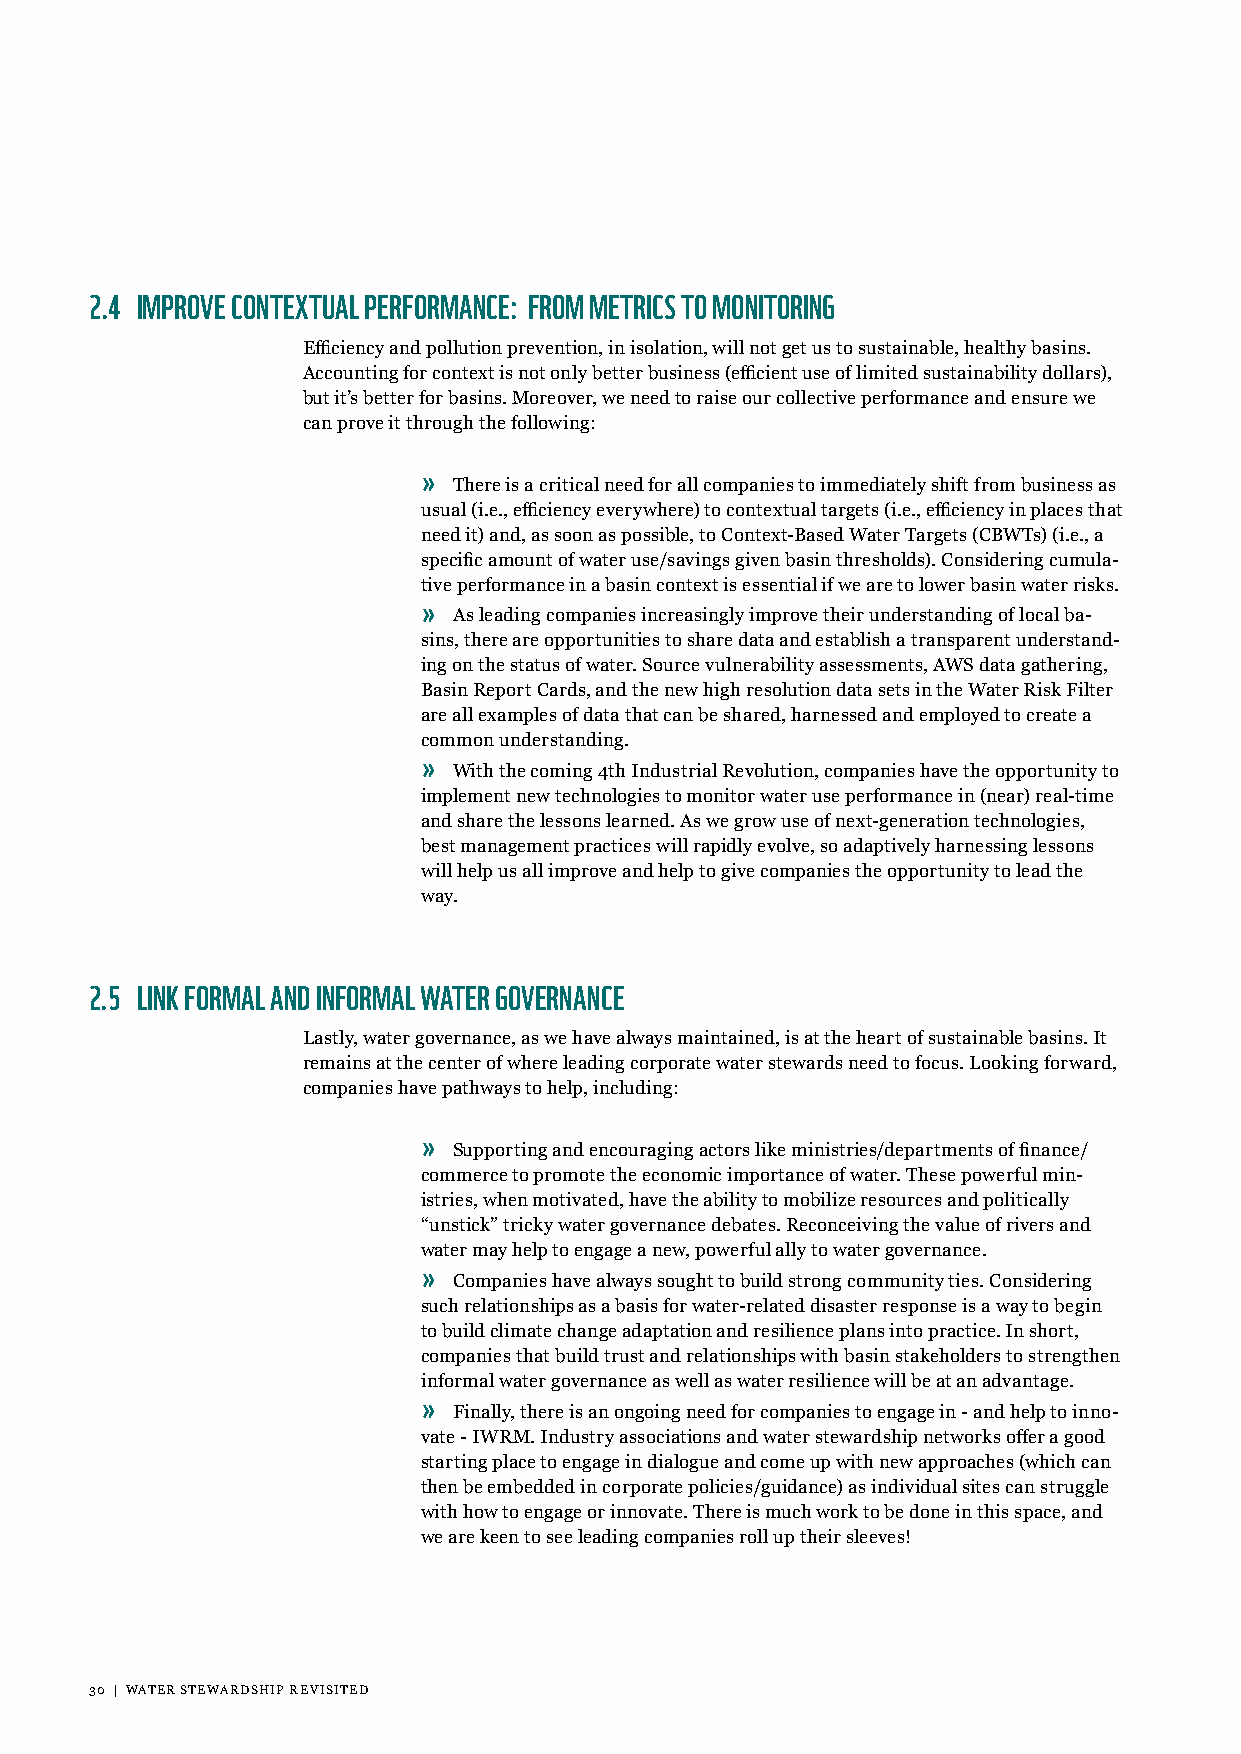
2.4 IMPROVE CONTEXTUAL PERFORMANCE: FROM METRICS TO MONITORING
 Efficiency and pollution prevention, in isolation, will not get us to sustainable, healthy basins.
 Accounting for context is not only better business (efficient use of limited sustainability dollars),
 but it’s better for basins. Moreover, we need to raise our collective performance and ensure we
 can prove it through the following:
 »
 There is a critical need for all companies to immediately shift from business as
 usual (i.e., efficiency everywhere) to contextual targets (i.e., efficiency in places that
 need it) and, as soon as possible, to Context-Based Water Targets (CBWTs) (i.e., a
 specific amount of water use/savings given basin thresholds). Considering cumula-
 tive performance in a basin context is essential if we are to lower basin water risks.
 »
 As leading companies increasingly improve their understanding of local ba-
 sins, there are opportunities to share data and establish a transparent understand-
 ing on the status of water. Source vulnerability assessments, AWS data gathering,
 Basin Report Cards, and the new high resolution data sets in the Water Risk Filter
 are all examples of data that can be shared, harnessed and employed to create a
 common understanding.
 »
 With the coming 4th Industrial Revolution, companies have the opportunity to
 implement new technologies to monitor water use performance in (near) real-time
 and share the lessons learned. As we grow use of next-generation technologies,
 best management practices will rapidly evolve, so adaptively harnessing lessons
 will help us all improve and help to give companies the opportunity to lead the
 way.
 2.5 LINK FORMAL AND INFORMAL WATER GOVERNANCE
 Lastly, water governance, as we have always maintained, is at the heart of sustainable basins. It
 remains at the center of where leading corporate water stewards need to focus. Looking forward,
 companies have pathways to help, including:
 »
 Supporting and encouraging actors like ministries/departments of finance/
 commerce to promote the economic importance of water. These powerful min-
 istries, when motivated, have the ability to mobilize resources and politically
 “unstick” tricky water governance debates. Reconceiving the value of rivers and
 water may help to engage a new, powerful ally to water governance.
 »
 Companies have always sought to build strong community ties. Considering
 such relationships as a basis for water-related disaster response is a way to begin
 to build climate change adaptation and resilience plans into practice. In short,
 companies that build trust and relationships with basin stakeholders to strengthen
 informal water governance as well as water resilience will be at an advantage.
 »
 Finally, there is an ongoing need for companies to engage in - and help to inno-
 vate - IWRM. Industry associations and water stewardship networks offer a good
 starting place to engage in dialogue and come up with new approaches (which can
 then be embedded in corporate policies/guidance) as individual sites can struggle
 with how to engage or innovate. There is much work to be done in this space, and
 we are keen to see leading companies roll up their sleeves!
 30 | WATER STEWARDSHIP REVISITED